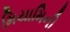
મિયામિની